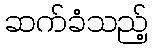
ဆက်ခံသည့်